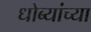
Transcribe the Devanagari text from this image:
धोब्यांच्या